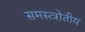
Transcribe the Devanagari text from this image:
समस्त्त्रोतीय